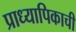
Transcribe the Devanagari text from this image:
प्राध्यापिकाची